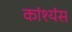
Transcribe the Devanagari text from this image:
कांश्यंस